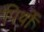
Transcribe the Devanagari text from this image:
पिथों